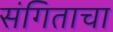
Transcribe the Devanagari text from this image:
संगिताचा